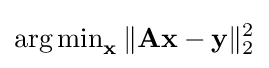
\operatorname {arg\,min} \limits _{\mathbf {x} }\|\mathbf {Ax} -\mathbf {y} \|_{2}^{2}